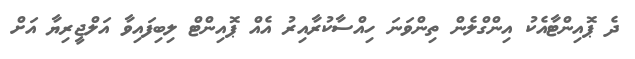
ދެ ޕޮއިންޓާއެކު އިންގްލެން ތިންވަނަ ހިއްސާކުރާއިރު އެއް ޕޮއިންޓް ލިބިފައިވާ އަލްޖީރިޔާ އަށް